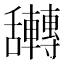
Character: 𮎀